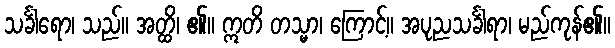
သင်္ခါရော၊ သည်။ အတ္ထိ၊ ၏။ ဣတိ တသ္မာ၊ ကြောင့်။ အပုညသင်္ခါရာ၊ မည်ကုန်၏။